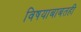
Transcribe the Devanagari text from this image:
विषयाबाबतही